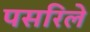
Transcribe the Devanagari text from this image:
पसरिले